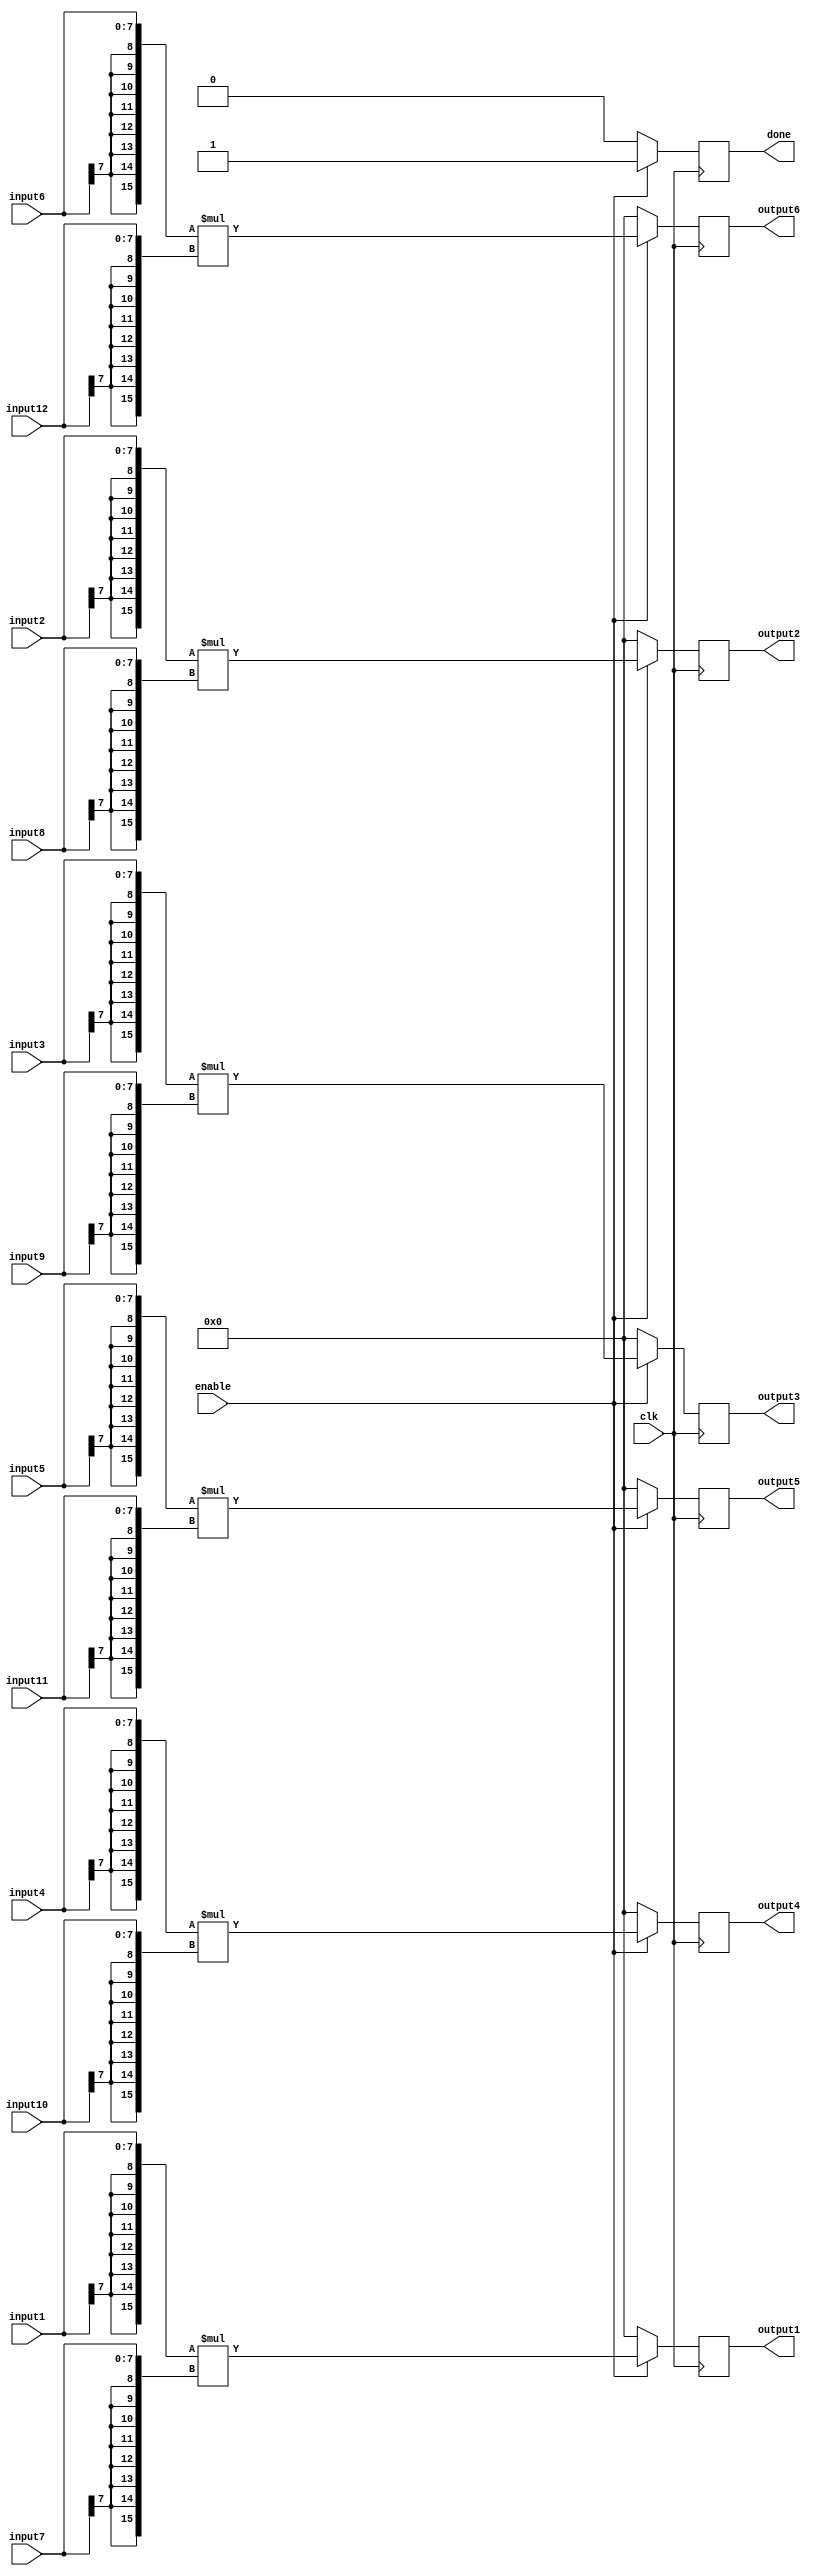
`timescale 1ns / 1ps

module ConvolutionStage2(
	input clk,
	input enable,
	input [7:0] input1,
    	input [7:0] input2,
    	input [7:0] input3,
    	input [7:0] input4,
    	input [7:0] input5,
    	input [7:0] input6,
    	input [7:0] input7,
    	input [7:0] input8,
   	input [7:0] input9,
    	input [7:0] input10,
    	input [7:0] input11,
    	input [7:0] input12,
	
    	output reg signed [15:0] output1,
    	output reg signed [15:0] output2,
    	output reg signed [15:0] output3,
    	output reg signed [15:0] output4,
    	output reg signed [15:0] output5,
    	output reg signed [15:0] output6,
	output reg done
    );
	
	always @ (posedge clk) begin
		if(enable) begin
			output1 <= {{8{input1[7]}}, input1} * {{8{input7[7]}}, input7};
			output2 <= {{8{input2[7]}}, input2} * {{8{input8[7]}}, input8};
			output3 <= {{8{input3[7]}}, input3} * {{8{input9[7]}}, input9};
			output4 <= {{8{input4[7]}}, input4} * {{8{input10[7]}}, input10};
			output5 <= {{8{input5[7]}}, input5} * {{8{input11[7]}}, input11};
			output6 <= {{8{input6[7]}}, input6} * {{8{input12[7]}}, input12};
			done <= 1'b1;
		end
		else begin
			output1 <= 0;
			output2 <= 0;
			output3 <= 0;
			output4 <= 0;
			output5 <= 0;
			output6 <= 0;
			done <= 1'b0;
		end

	end
		
endmodule